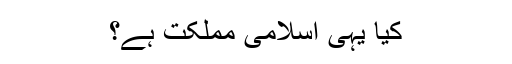
کیا یہی اسلامی مملکت ہے؟